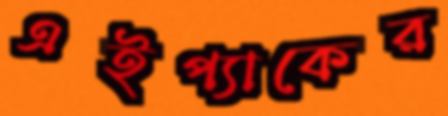
এইপ্যাকের